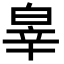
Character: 𤽮